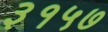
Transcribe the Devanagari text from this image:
३१५७